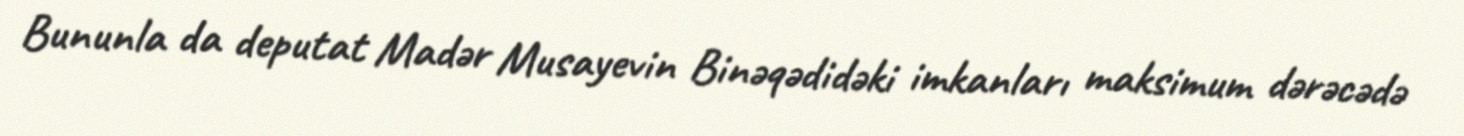
Bununla da deputat Madər Musayevin Binəqədidəki imkanları maksimum dərəcədə